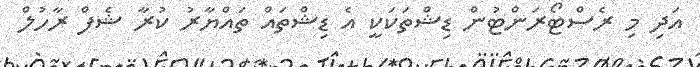
އަދި މި ރެސްޓޯރަންޓުން ޑިޝްތަކަކީ އެ ޑިޝްތައް ތައްޔާރު ކުރާ ޝެފް ރާހުލް